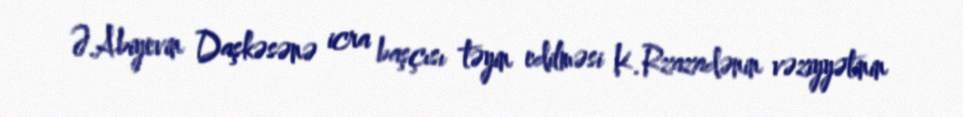
Ə.Abiyevin Daşkəsənə icra başçısı təyin edilməsi K.Rzazadənin vəziyyətinin